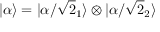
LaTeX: | \alpha \rangle = | \alpha / { \sqrt { 2 } } _ { 1 } \rangle \otimes | \alpha / { \sqrt { 2 } } _ { 2 } \rangle